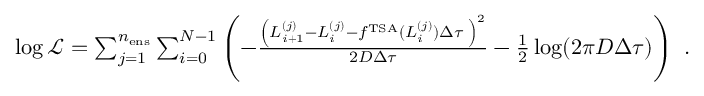
\begin{array} { r } { \log \mathcal { L } = \sum _ { j = 1 } ^ { n _ { \mathrm { e n s } } } \sum _ { i = 0 } ^ { N - 1 } \left( - \frac { \left( L _ { i + 1 } ^ { ( j ) } - L _ { i } ^ { ( j ) } - f ^ { \mathrm { T S A } } ( L _ { i } ^ { ( j ) } ) \Delta \tau \; \right) ^ { 2 } } { 2 D \Delta \tau } - \frac { 1 } { 2 } \log ( 2 \pi D \Delta \tau ) \right) \ . } \end{array}